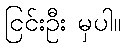
ငြင်းဦး မှပါ။